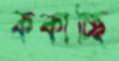
ককাচ্ছি